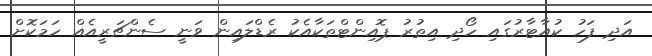
އަދި ފަހު ކުއާޓާރުގައި ހޯދި އިތުރު ޕޮއިންޓްތަކާއެކު ރެޑްލައިން ވަނީ ސެންޗަރީއެއް ހަމަކޮށް